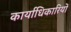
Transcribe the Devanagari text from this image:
कार्याधिकारियों